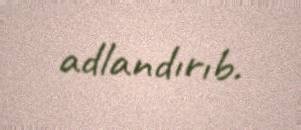
adlandırıb.